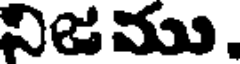
నిజము.